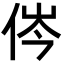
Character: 侺